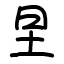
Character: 圼